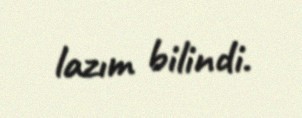
lazım bilindi.